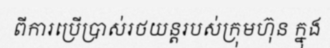
ពីការប្រើប្រាស់រថយន្តរបស់ក្រុមហ៊ុន ក្នុង